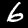
Label: 6